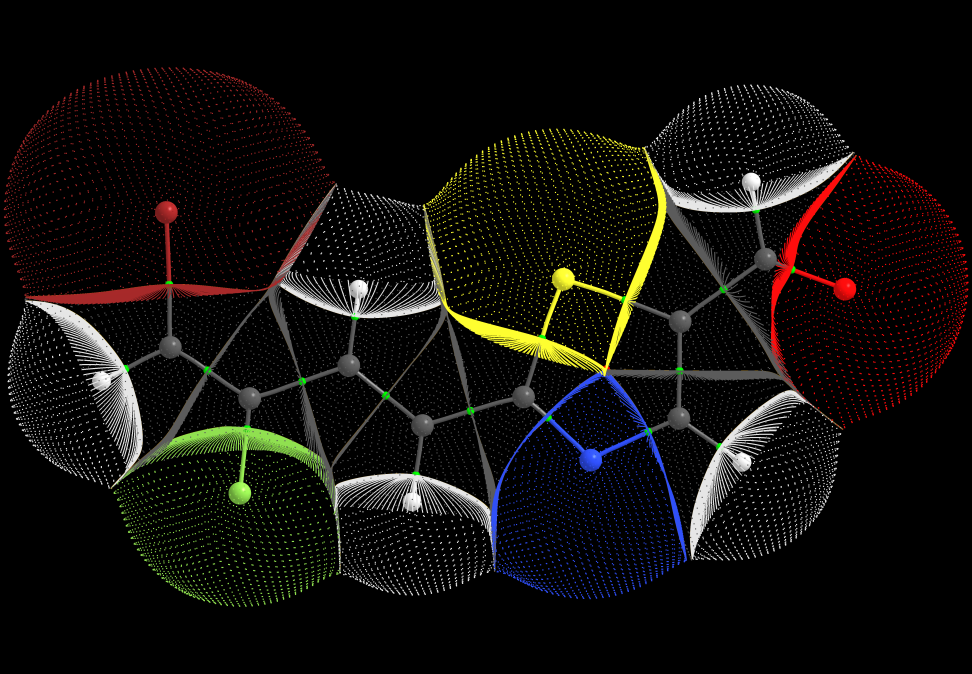
aimaii, QTAIM,gradient paths